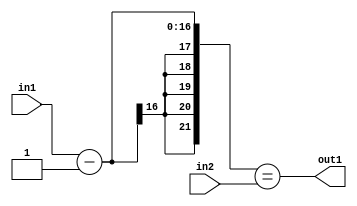
`timescale 1ps / 1ps
/*****************************************************************************
    Verilog RTL Description
    
    
    Created by: Stratus DpOpt 2019.1.01 
*******************************************************************************/

module pw_feature_addr_gen_EqSubi1u16u16_4 (
	in2,
	in1,
	out1
	); /* architecture "behavioural" */ 
input [15:0] in2,
	in1;
output  out1;
wire  asc001;
wire [16:0] asc003;

assign asc003 = 
	+(in1)
	-(17'B00000000000000001);

assign asc001 = ({{5{asc003[16]}}, asc003}==in2);

assign out1 = asc001;
endmodule

/* CADENCE  uLDxTAo= : u9/ySgnWtBlWxVPRXgAZ4Og= ** DO NOT EDIT THIS LINE ******/